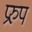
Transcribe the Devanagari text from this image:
प्ररुप